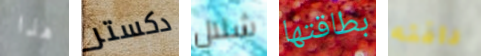
هذا دكستر شلال بطاقتها دافئه